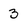
Character: 3